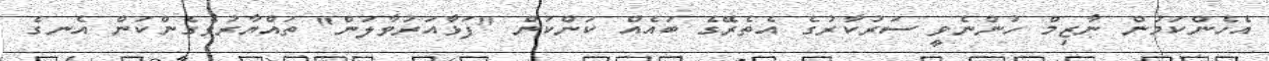
އެހެންކަމުން ނާޒިމް ހުންނެވީ ސަރުކާރުގެ އެތެރޭގެ ބައެއް ކަންކަން "ފަޅާއަރުވާލަން" ތައްޔާރުވެގެންކަން އެނގެ